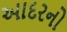
આદરનો